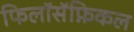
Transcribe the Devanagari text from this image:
फिलॉसॅफ़िकल